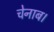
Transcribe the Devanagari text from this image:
चेनाब।